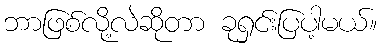
ဘာဖြစ်လို့လဲဆိုတာ ခုရှင်းပြပါ့မယ်။